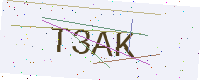
Text: T3AK